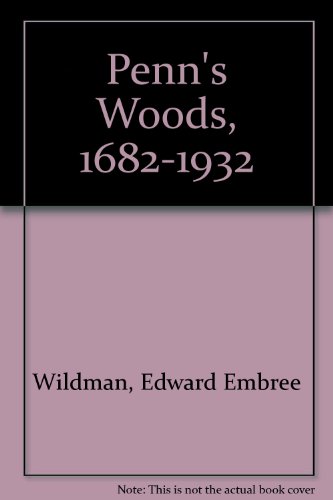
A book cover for Penn's Woods, 1682-1932; Edward Embree Wildman; Travel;